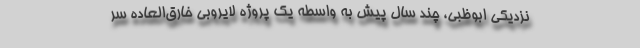
نزدیکی ابوظبی، چند سال پیش به واسطه یک پروژه لایروبی خارق‌العاده سر